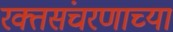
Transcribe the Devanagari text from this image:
रक्तसंचरणाच्या